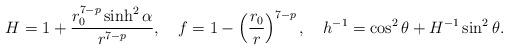
LaTeX: \begin{align*}H=1+\frac{r_0^{7-p}\sinh^2\alpha}{r^{7-p}}, \ \ \ f=1-\left(\frac{r_0} {r}\right)^{7-p}, \ \ \ h^{-1}=\cos^2\theta +H^{-1}\sin^2\theta.\end{align*}